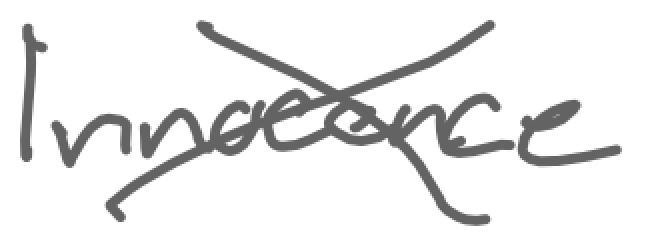
Text: Innocence
Cross-out: cross
Writing tool: digital_gray